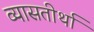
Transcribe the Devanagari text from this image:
व्यासतीर्था